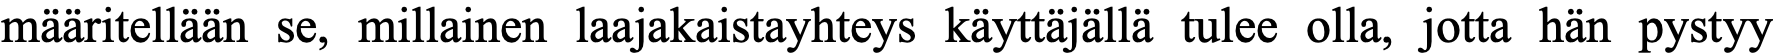
määritellään se, millainen laajakaistayhteys käyttäjällä tulee olla, jotta hän pystyy